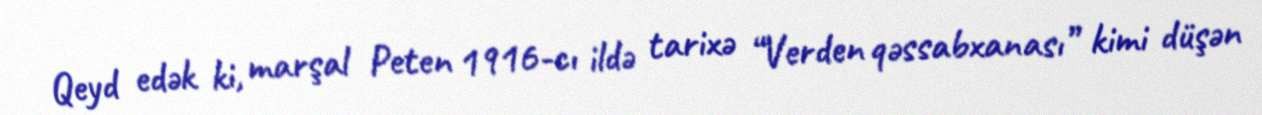
Qeyd edək ki, marşal Peten 1916-cı ildə tarixə “Verden qəssabxanası” kimi düşən